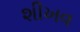
શીખવ